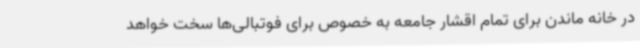
در خانه ماندن برای تمام اقشار جامعه به خصوص برای فوتبالی‌ها سخت خواهد